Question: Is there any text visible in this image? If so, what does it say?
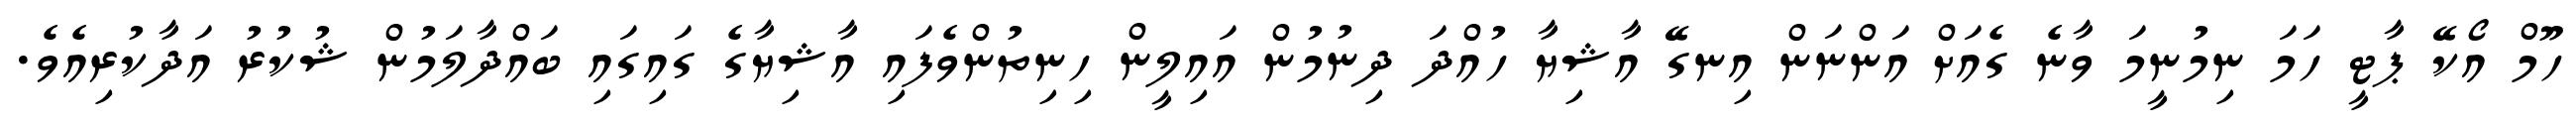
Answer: ހޫމް އޯކޭ ޕާޓީ ހަމަ ނިމުނީމަ ވާނެ ގެއަށް އަންނަން އިނގޭ އާޝިޔާ ހުއްދަ ދިނުމުން އައިލީން ހިނިތުންވެފައި އާޝިޔާގެ ގައިގައި ބައްދާލަމުން ޝުކުރު އަދާކުރިއެވެ.